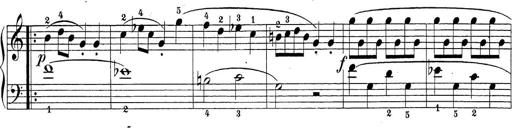
Title: Sonatina Album
Composer: Louis KÃ¶hler